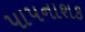
પાપનાશક